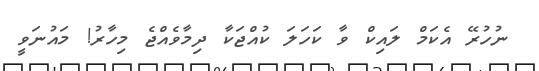
ނުހުރޭ އެކަމް ލައިކް ވާ ކަހަލަ ކުއްޖަކާ ދިމާވެއްޖެ މިހާރު! މައުނަވީ